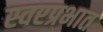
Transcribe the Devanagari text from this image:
स्वरप्रभात